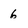
Character: 6